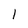
Character: 1